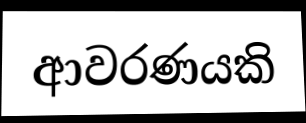
ආවරණයකි